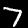
Label: 7